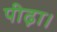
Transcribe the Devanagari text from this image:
पीढ़ा।